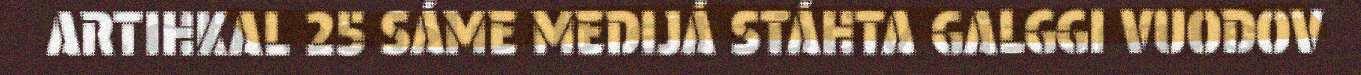
ARTIHKAL 25 SÁME MEDIJÁ STÁHTA GALGGI VUODOV